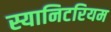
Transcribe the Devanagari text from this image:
स्यानिटरियम